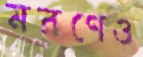
মরণেও